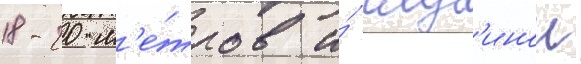
18-20 м'е́тров и́ глуб'инои